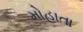
મોહાતા